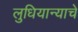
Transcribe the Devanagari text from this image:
लुधियान्याचे